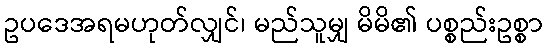
ဥပဒေအရမဟုတ်လျှင်၊ မည်သူမျှ မိမိ၏ ပစ္စည်းဥစ္စာ